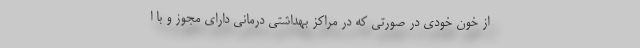
از خون خودی در صورتی که در مراکز بهداشتی درمانی دارای مجوز و با ا